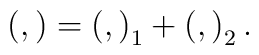
\left( ,\right) =\left( ,\right) _1+\left( ,\right) _2.